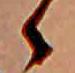
ゝ